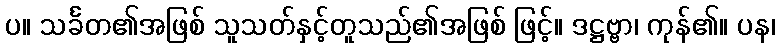
ပ။ သင်္ခတ၏အဖြစ် သူသတ်နှင့်တူသည်၏အဖြစ် ဖြင့်။ ဒဋ္ဌဗ္ဗာ၊ ကုန်၏။ ပန၊